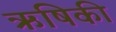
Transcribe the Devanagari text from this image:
ऋषिकी